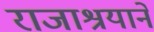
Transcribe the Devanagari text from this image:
राजाश्रयाने